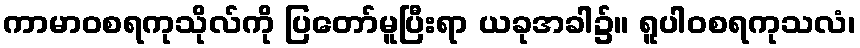
ကာမာဝစရကုသိုလ်ကို ပြတော်မူပြီးရာ ယခုအခါ၌။ ရူပါဝစရကုသလံ၊